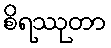
စိရဿုတာ